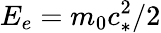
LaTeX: E_{e}=m_{0}c_{*}^{2}/2